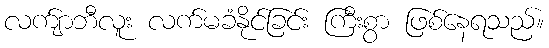
လက်ျာဘီလူး လက်မခံနိုင်ခြင်း ကြီးစွာ ဖြစ်နေရသည်။